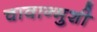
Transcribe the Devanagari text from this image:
चावान्मुशी